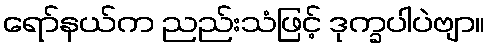
ရော်နယ်က ညည်းသံဖြင့် ဒုက္ခပါပဲဗျာ။